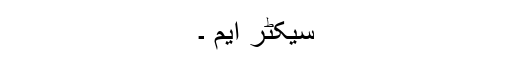
سیکٹر ایم ۔